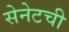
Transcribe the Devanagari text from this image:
सेनेटची